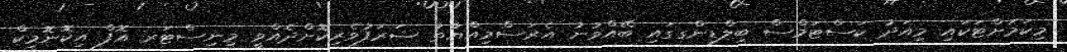
މިކަމަށްޓަކައި މިއަދު ކަސްޓަމްސް ބިލްޑިންގގައި ބޭއްވުނު އެރަސްމިއްޔާތު ޝަރަފުވެރިކޮށްދެއްވީ މިނިސްޓަރ އޮފް އިކޮނޮމިކް